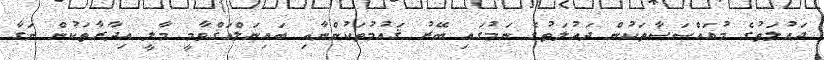
ދައުލަތުގެ މުއައްސަސާތަކުން ދައުލަތުގެ ނަމުގައި ބޭރު ޤައުމުތަކުންނާއި ބައިނަލްއަޤްވާމީ މާލީ އިދާރާތަކުން ނަގާ